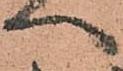
へ